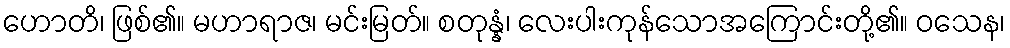
ဟောတိ၊ ဖြစ်၏။ မဟာရာဇ၊ မင်းမြတ်။ စတုန္နံ၊ လေးပါးကုန်သောအကြောင်းတို့၏။ ဝသေန၊